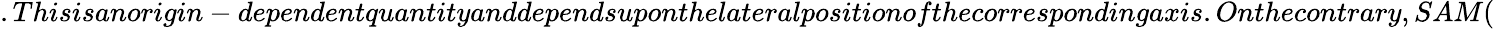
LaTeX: .Thisisanorigin-dependentquantityanddependsuponthelateralpositionofthecorrespondingaxis.Onthecontrary,SAM(